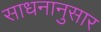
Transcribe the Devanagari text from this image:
साधनानुसार